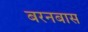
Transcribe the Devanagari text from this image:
बरनबास